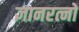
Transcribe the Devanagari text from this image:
ज्ञानरत्नों